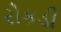
રોકડી